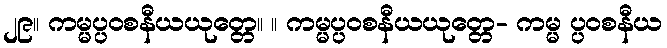
၂၉။ ကမ္မပ္ပဝစနီယယုတ္တေ။ ။ ကမ္မပ္ပဝစနီယယုတ္တေ- ကမ္မ ပ္ပဝစနီယ